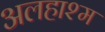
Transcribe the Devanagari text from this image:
अलहाश्म